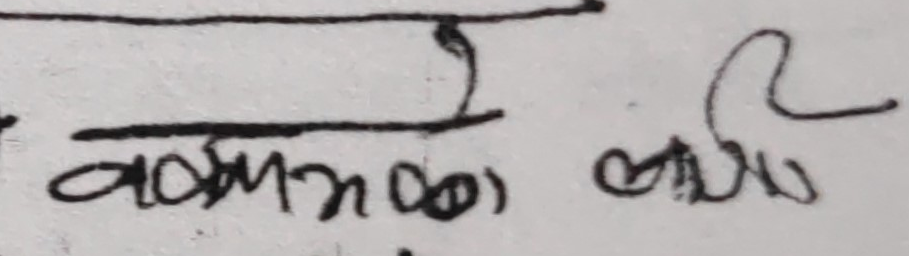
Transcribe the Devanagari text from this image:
वामन्दो) छोडु